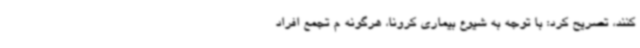
کنند، تصریح کرد: با توجه به شیوع بیماری کرونا، هرگونه م تجمع افراد